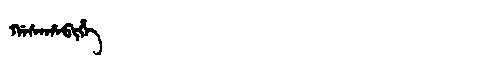
Manchu: ᡤᠠᠰᠠᡥᠠᠪᡳᡥᡝ
Romanization: GASAHABIHE